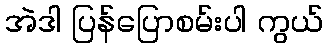
အဲဒါ ပြန်ပြောစမ်းပါ ကွယ်